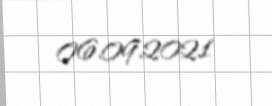
06.09.2021